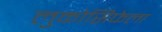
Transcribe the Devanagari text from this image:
लुकोसिफेला